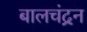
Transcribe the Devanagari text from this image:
बालचंद्रन